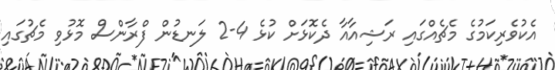
އެކުވެރިކަމުގެ މެޗެއްގައި ރަޝިއާއާ ދެކޮޅަށް ކުޅެ 4-2 ލަނޑުން ފްރާންސް މޮޅުވި މެޗުގައި